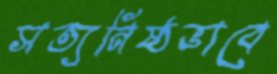
সত্যনিষ্ঠভাবে